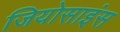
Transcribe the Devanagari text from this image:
जियोसाइंस